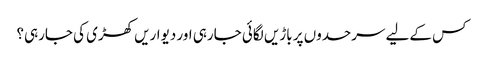
کس کےلیے سرحدوں پر باڑیں لگائی جارہی اور دیواریں کھڑی کی جارہی؟